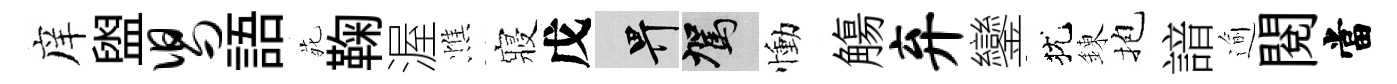
庠盥舄語𫟍鞠渥憔寢戊畀駕慟觴弃鑾犹錬抱諳逾閱當